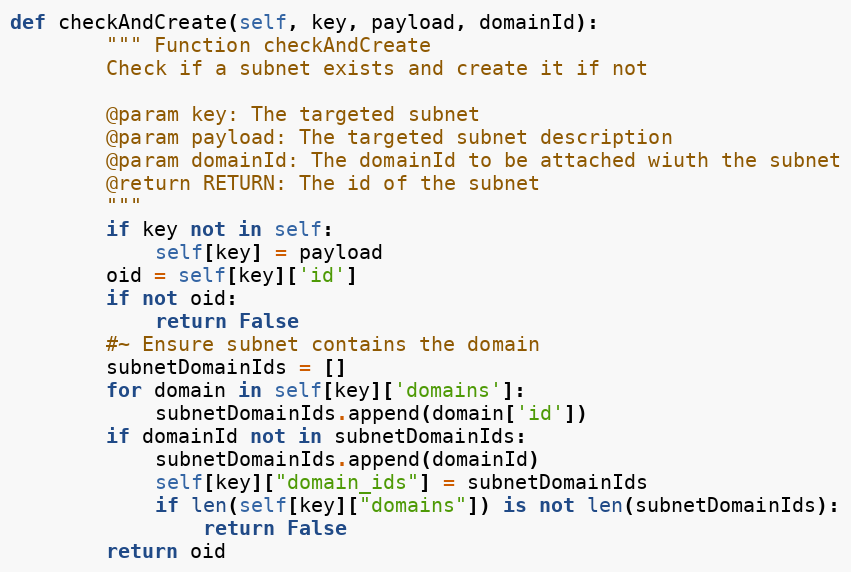
Language: Python
def checkAndCreate(self, key, payload, domainId):
        """ Function checkAndCreate
        Check if a subnet exists and create it if not

        @param key: The targeted subnet
        @param payload: The targeted subnet description
        @param domainId: The domainId to be attached wiuth the subnet
        @return RETURN: The id of the subnet
        """
        if key not in self:
            self[key] = payload
        oid = self[key]['id']
        if not oid:
            return False
        #~ Ensure subnet contains the domain
        subnetDomainIds = []
        for domain in self[key]['domains']:
            subnetDomainIds.append(domain['id'])
        if domainId not in subnetDomainIds:
            subnetDomainIds.append(domainId)
            self[key]["domain_ids"] = subnetDomainIds
            if len(self[key]["domains"]) is not len(subnetDomainIds):
                return False
        return oid